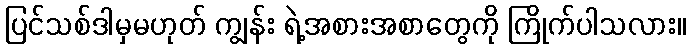
ပြင်သစ်ဒါမှမဟုတ် ကျွန်း ရဲ့အစားအစာတွေကို ကြိုက်ပါသလား။